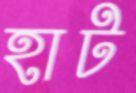
হাট